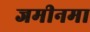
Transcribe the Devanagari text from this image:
जमीनमा